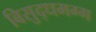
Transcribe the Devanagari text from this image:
बिसुद्धमग्ग